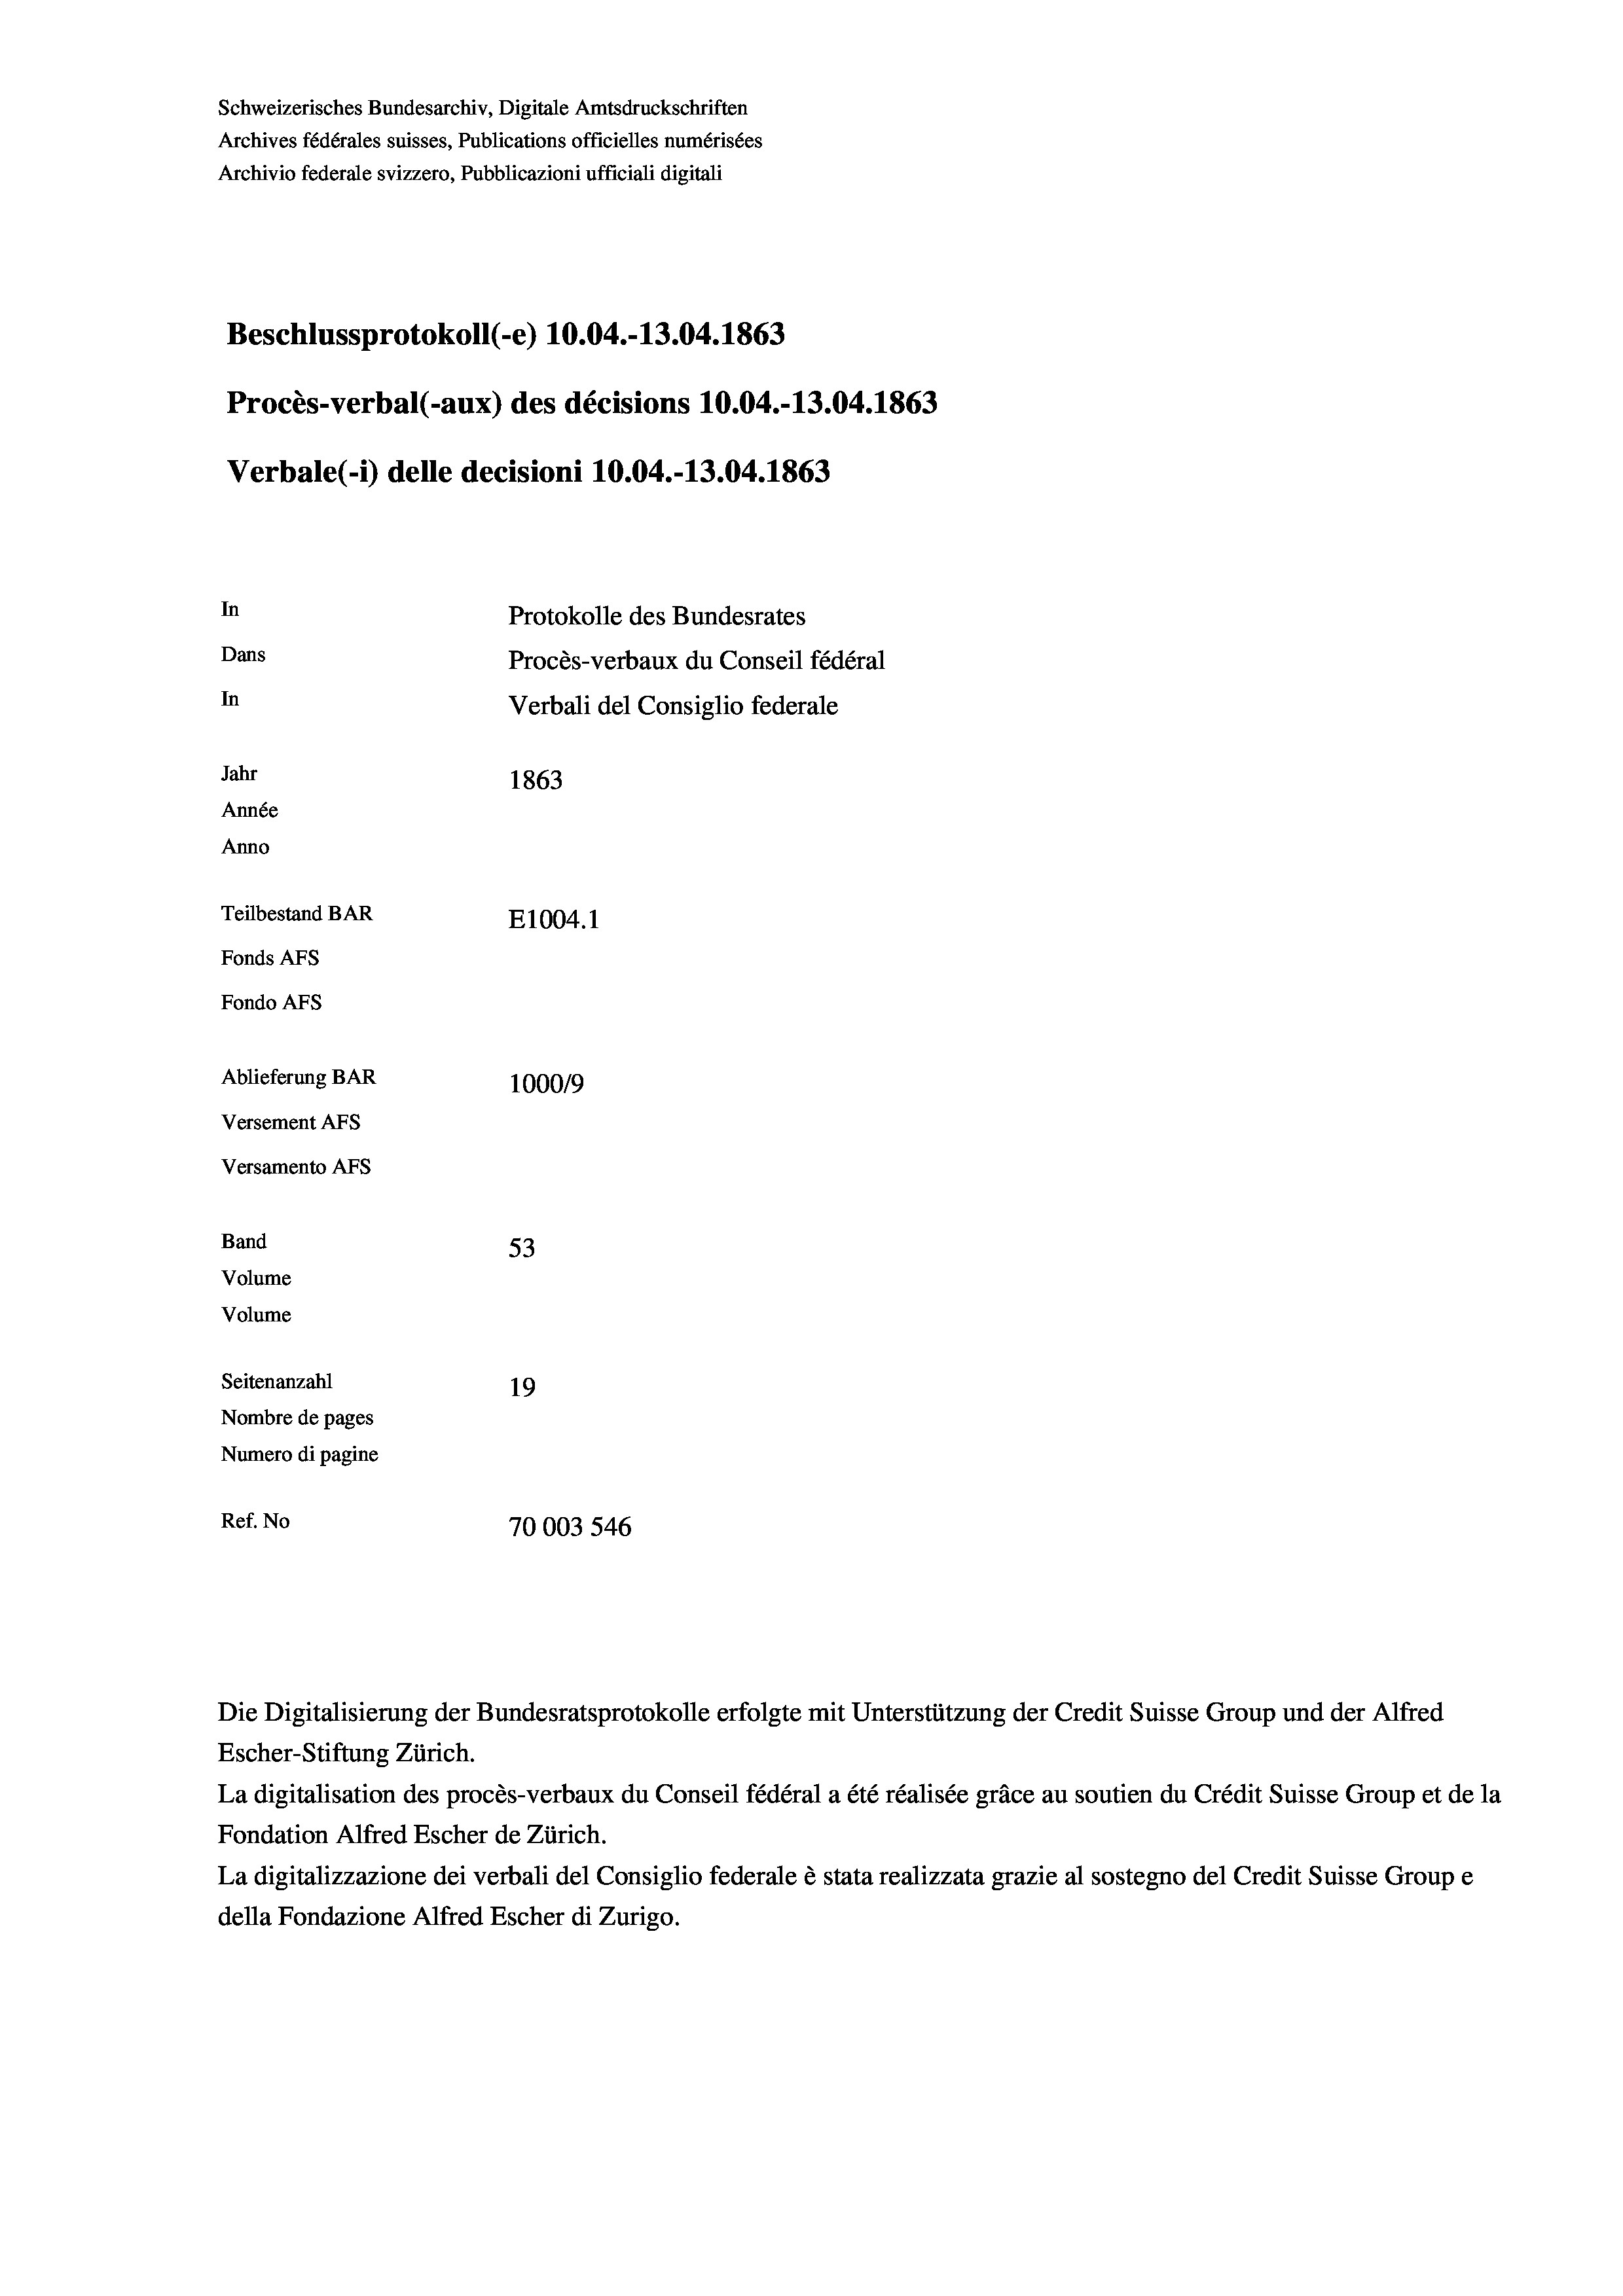
Schweizerisches Bundesarchiv, Digitale Amtsdruckschriften
Archives fédérales suisses, Publications officielles numérisées
Archivio federale svizzero, Pubblicazioni ufficiali digitali
Beschlussprotokoll (-e) 10.04.-13.04. 1863
Procès-verbal (-aux) des décisions 10.04.-13.04. 1863
Verbale (- 1) delle decisioni 10.04.-13.04. 1863
In
Protokolle des Bundesrates
Dans
Procès-verbaux du Conseil fédéral
In
Verbali del Consiglio federale
Jahr
1863
Année
Anno
Teilbestand BAR
E1004. 1
Fonds AFs
Fondo AFS
Ablieferung BAR
1000/9
Versement AFs
Versamento Afs
Band
53
Volume
Volume

Seitenanzahl
19
Nombre de pages
Numero di pagine
Ref. No
70003546

Escher-Stiftung Zürich.
La digitalisation des procès-verbaux du Conseil fédéral a été réalisée gräce au soutien du Crédit Suisse Group et de la
Fondation Alfred Escher de Zürich.
La digitalizzazione dei verbali del Consiglio federale è stata realizzata grazie al sostegno del Credit Suisse Groupe
della Fondazione Alfred Escher di Zurigo.

Die Digitalisierung der Bundesratsprotokolle erfolgte mit Unterstützung der Credit Suisse Group und der Alfred